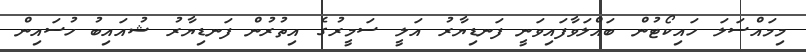
މިމައްސަލަ ހައިކޯޓުން ބައްލަވާފައިވަނީ ފަނޑިޔާރު އަލީ ސަމީރުގެ އިތުރުން ފަނޑިޔާރު ޝުއައިބު ހުސައިން